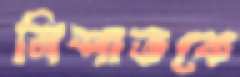
নিশাতকে